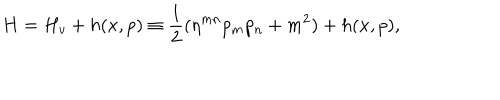
LaTeX: H = H _ { v } + h ( x , p ) \equiv \frac { 1 } { 2 } ( \eta ^ { m n } p _ { m } p _ { n } + m ^ { 2 } ) + h ( x , p ) ,